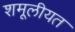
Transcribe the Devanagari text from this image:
शमूलीयत